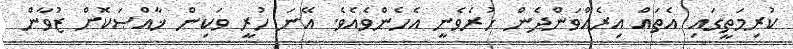
ކުރިމަތީގައި އެތައް އިރެއްވަންދެން ހުރެވެނީ އެހެންވެއެވެ. އޭނަ ހުރީ ވަކިން ޚާއްޞަކޮށް ޒުވާން